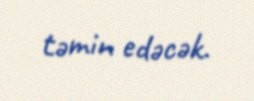
təmin edəcək.